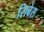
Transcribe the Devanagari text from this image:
सिबेस